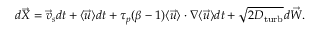
d \vec { X } = \vec { v } _ { s } d t + \langle \vec { u } \rangle d t + \tau _ { p } ( \beta - 1 ) \langle \vec { u } \rangle \cdot \nabla \langle \vec { u } \rangle d t + \sqrt { 2 D _ { \mathrm { t u r b } } } d \vec { W } .